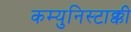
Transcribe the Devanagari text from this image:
कम्युनिस्टाक्की